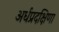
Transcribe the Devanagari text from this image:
अर्धप्रदक्षिणा